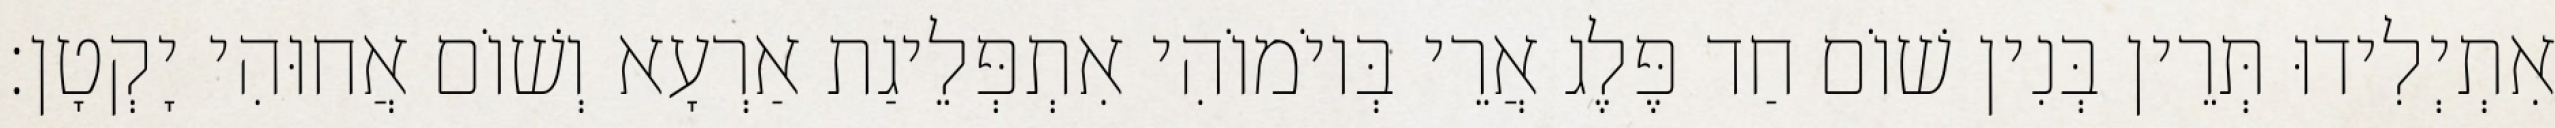
אִתְיְלִידוּ תְּרֵין בְּנִין שׁוֹם חַד פֶּלֶג אֲרֵי בְּיוֹמוֹהִי אִתְפְּלֵיגַת אַרְעָא וְשׁוֹם אֲחוּהִי יָקְטָן׃